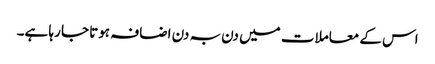
اس کے معاملات میں دن بہ دن اضافہ ہوتا جا رہا ہے۔